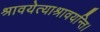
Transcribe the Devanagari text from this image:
श्रावयेत्याश्रावयन्ति।